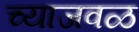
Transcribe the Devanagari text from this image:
च्याजवळ